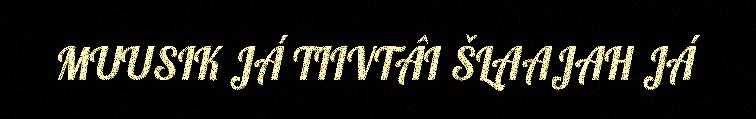
MUUSIK JÁ TIIVTÂI ŠLAAJAH JÁ